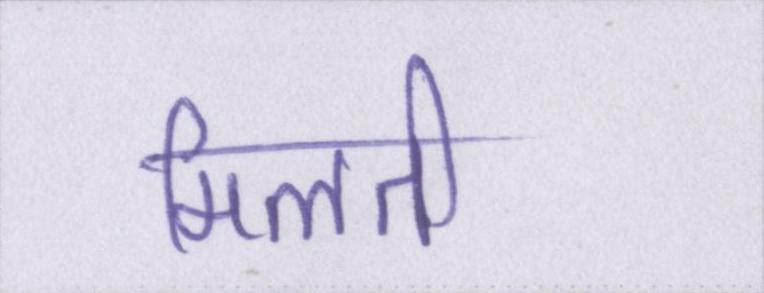
मिलती